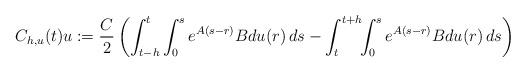
LaTeX: \begin{align*} C_{h,u}(t)u:=\frac{C}{2}\left( \int_{t-h}^t \int_0^s e^{A(s-r)}Bdu(r) \, ds - \int_t^{t+h} \!\! \int_0^s e^{A(s-r)}Bdu(r) \, ds \right)\end{align*}